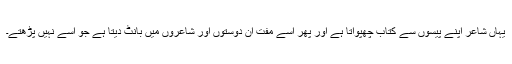
یہاں شاعر اپنے پیسوں سے کتاب چھپواتا ہے اور پھر اسے مفت ان دوستوں اور شاعروں میں بانٹ دیتا ہے جو اسے نہیں پڑھتے۔